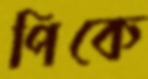
পিকে